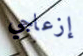
إزعاجي